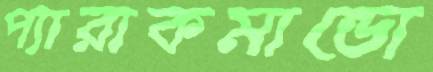
প্যারাকমান্ডো